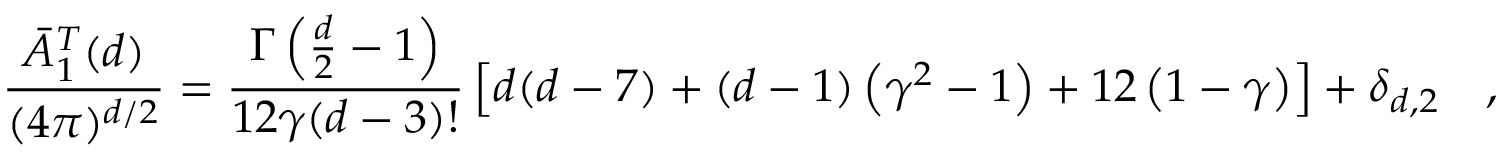
{ \frac { \bar { A } _ { 1 } ^ { T } ( d ) } { ( 4 \pi ) ^ { d / 2 } } } = { \frac { \Gamma \left( \frac d 2 - 1 \right) } { 1 2 \gamma ( d - 3 ) ! } } \left[ d ( d - 7 ) + ( d - 1 ) \left( \gamma ^ { 2 } - 1 \right) + 1 2 \left( 1 - \gamma \right) \right] + \delta _ { d , 2 } ~ ~ ~ ,